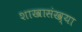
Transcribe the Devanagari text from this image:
शाखासंख्या